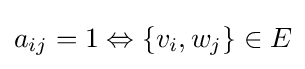
a_{ij}=1\Leftrightarrow \{v_{i},w_{j}\}\in E